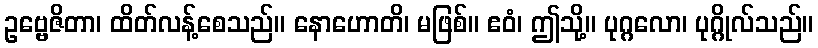
ဥဗ္ဗေဇိတာ၊ ထိတ်လန့်စေသည်။ နောဟောတိ၊ မဖြစ်။ ဧဝံ၊ ဤသို့။ ပုဂ္ဂလော၊ ပုဂ္ဂိုလ်သည်။